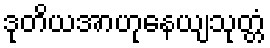
ဒုတိယအာဟုနေယျသုတ္တံ